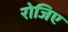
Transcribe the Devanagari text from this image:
रोजिए